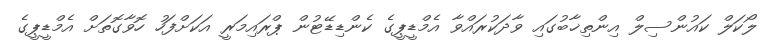
ލޯކަލް ކައުންސިލް އިންތިޚާބުގައި ވާދަކުރައްވާ އެމްޑީޕީގެ ކެންޑިޑޭޓުން ޕްރައިމަރީ އަކަށްފަހު ހޮވާގޮތަށް އެމްޑީޕީގެ